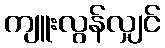
ကျူးလွန်လျှင်